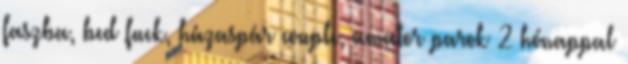
faszba, bed fuck, házaspár couple, amator parok 2 hónappal